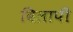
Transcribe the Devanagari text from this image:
विलापी